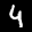
Label: 4